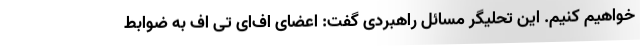
خواهیم کنیم. این تحلیگر مسائل راهبردی گفت: اعضای اف‌ای تی اف به ضوابط